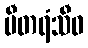
ပီတရံသီဝ